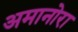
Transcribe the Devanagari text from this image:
अमानोरा